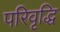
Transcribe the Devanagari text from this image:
परिवृद्धि